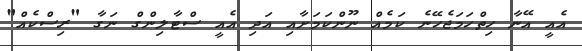
އެއީ އޭނާ ހިތްހަމަޖެހޭނެ ކަމެއް ނޫންކަމަށާއި އަދި އެއީ ސްޓާލިންގް ނަގާ "ރިސްކެއް"